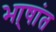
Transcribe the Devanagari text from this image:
भा्षांत